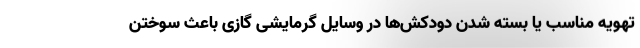
تهویه مناسب یا بسته شدن دودکش‌ها در وسایل گرمایشی گازی باعث سوختن